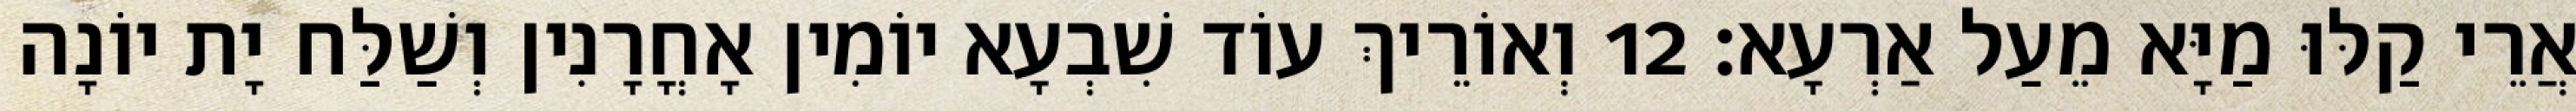
אֲרֵי קַלּוּ מַיָּא מֵעַל אַרְעָא׃ 12 וְאוֹרֵיךְ עוֹד שִׁבְעָא יוֹמִין אָחֳרָנִין וְשַׁלַּח יָת יוֹנָה